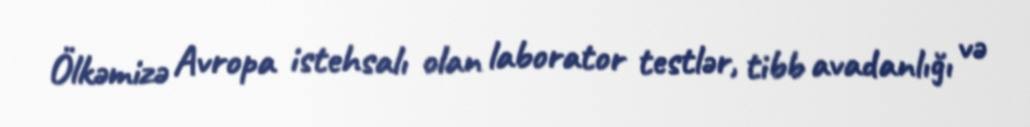
Ölkəmizə Avropa istehsalı olan laborator testlər, tibb avadanlığı və